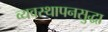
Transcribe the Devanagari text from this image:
व्यवस्थापनसुद्धा